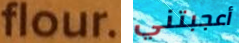
flour. أعجبتني